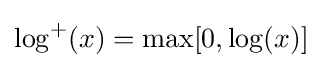
\log ^{+}(x)=\max[0,\log(x)]